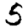
Digit: 5